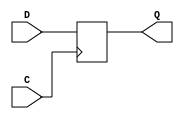
module FD (Q, C, D);

    parameter INIT = 1'b0;

    output Q;

    input  C, D;

    wire Q;
    reg q_out;







    always @(posedge C)
	        q_out <=  D;

    assign Q = q_out;

    specify
        (posedge C => (Q +: D)) = (100, 100);
    endspecify

endmodule